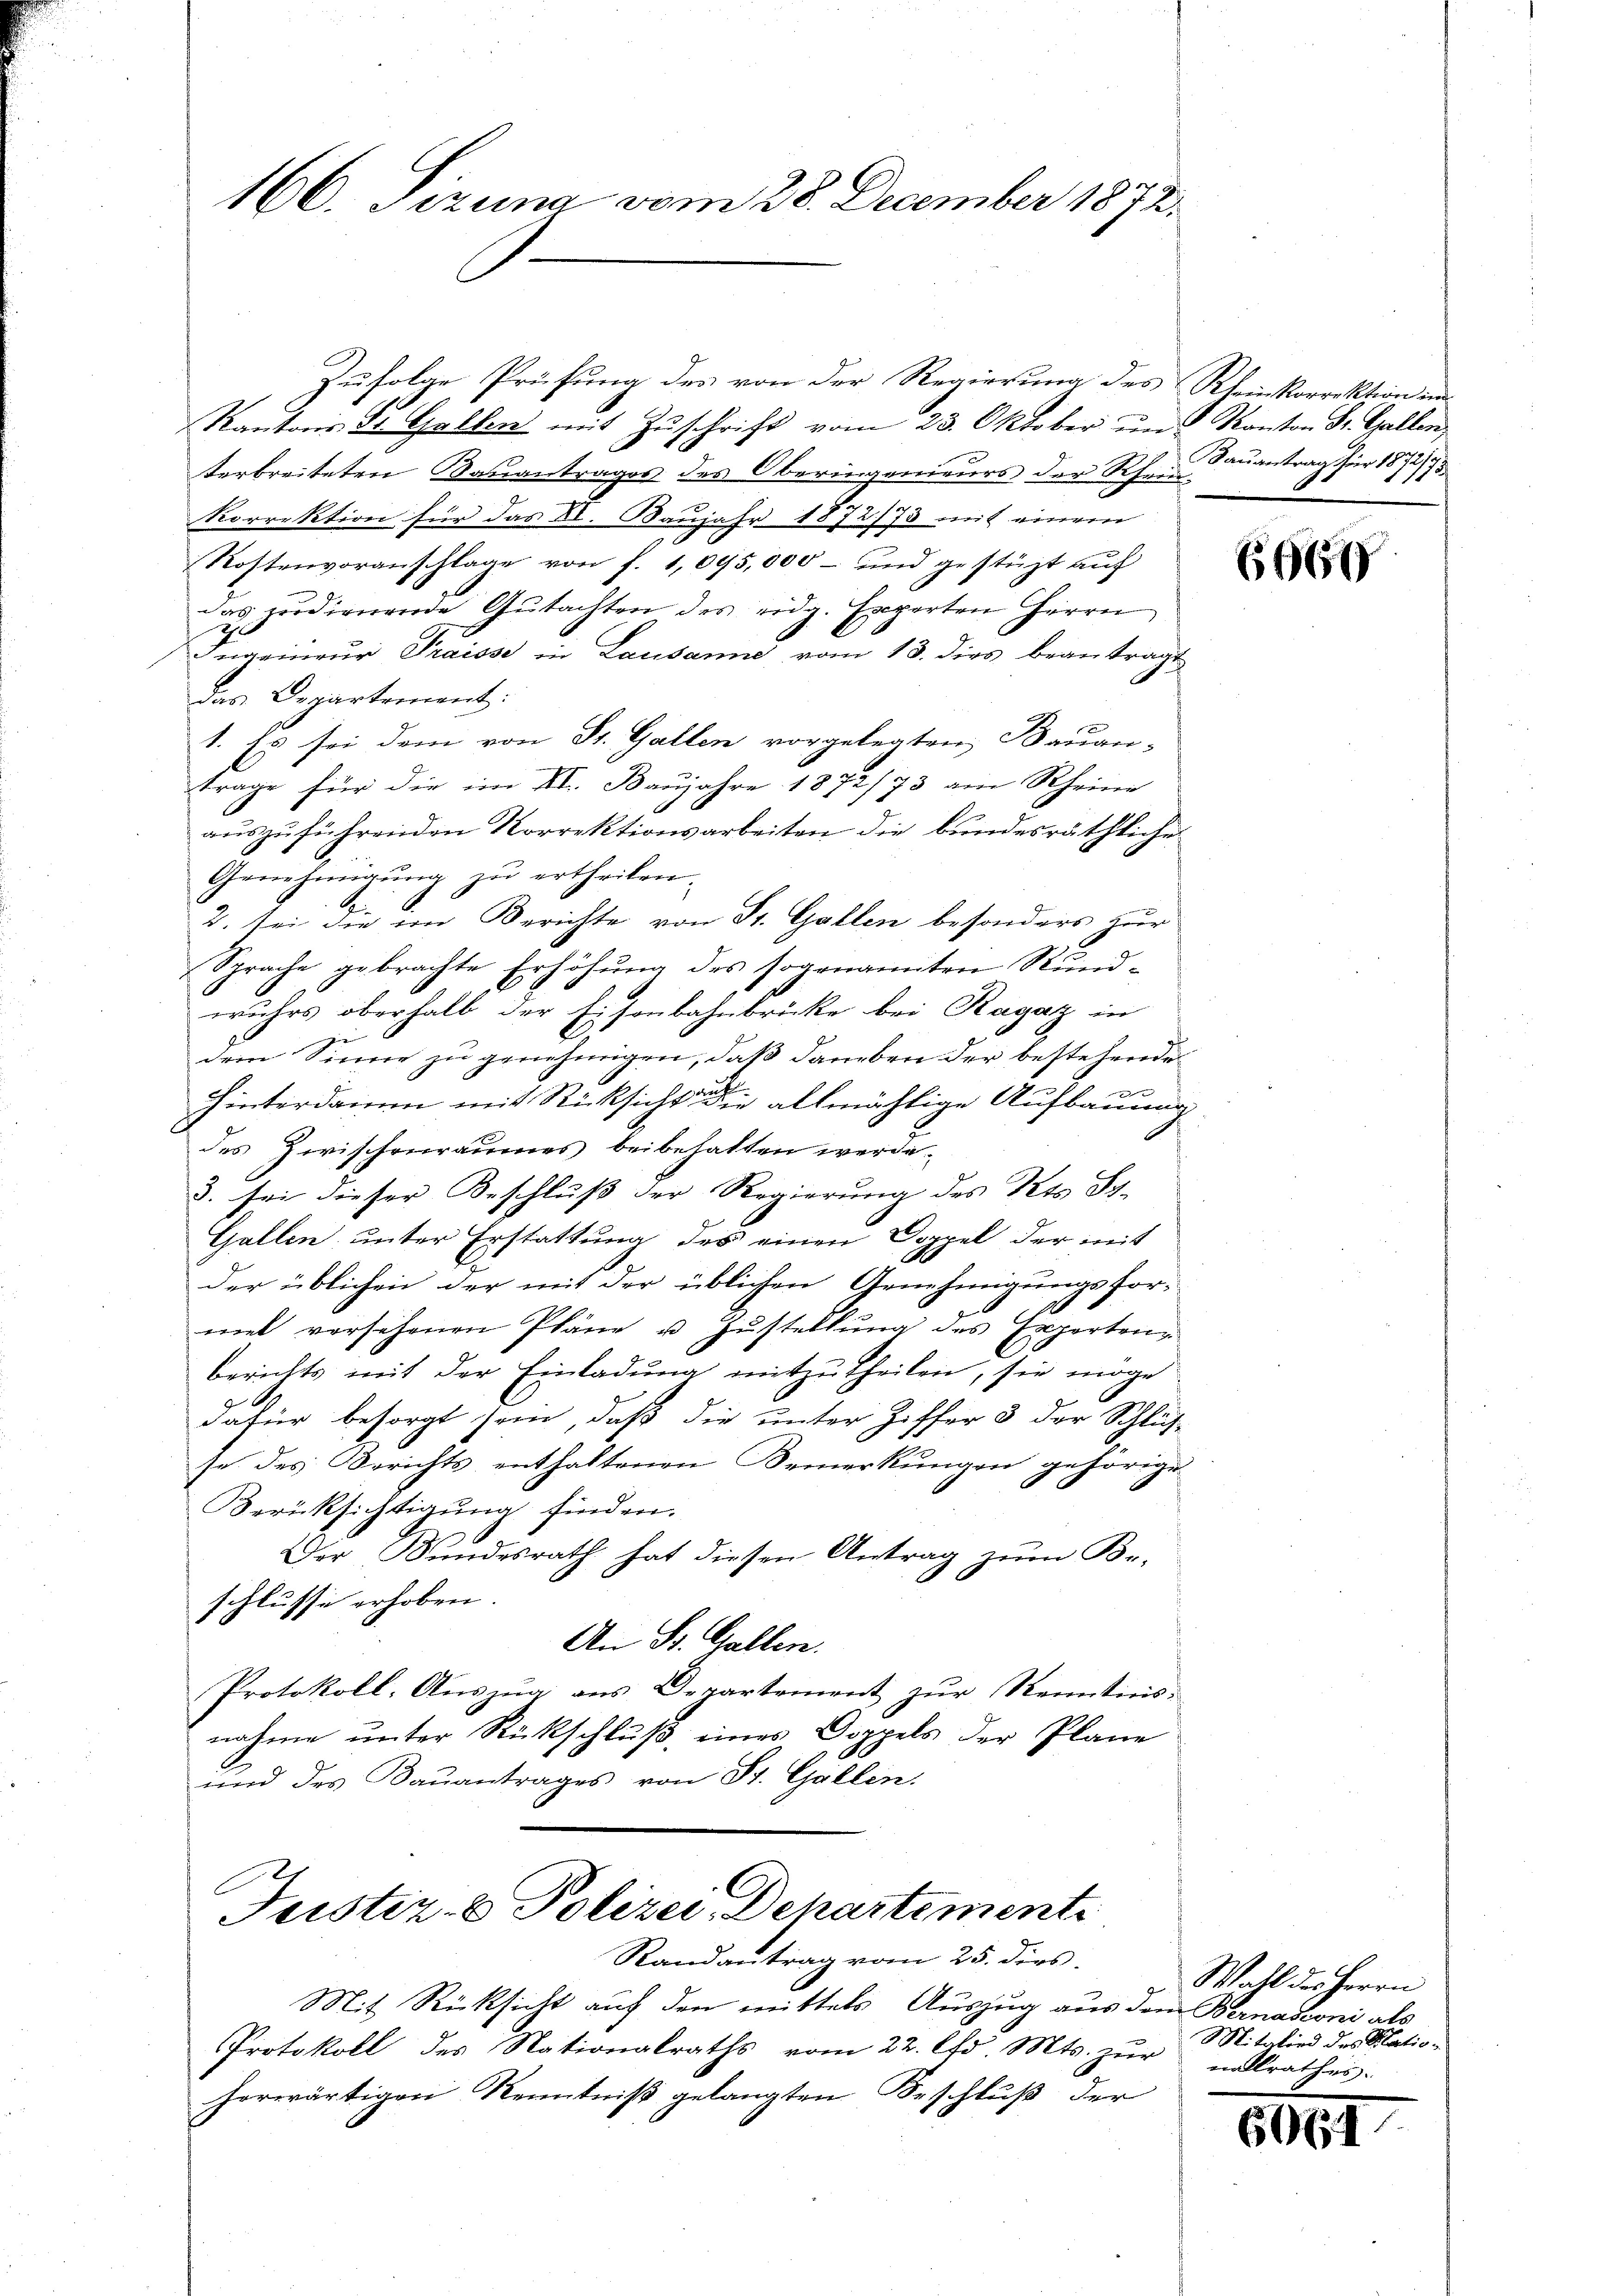
166. Pizuna vom 28. December 1872.

Zufolge Prüfung des von der Regierung des Rheinkorrektion im
Kantons d. Gallen mit Zŭschrift vom 23. Oktober ŭm Kanton St. Gallen,
terbreiteten Bauantrages des Oberingenieurs der Rh. Bauantrag für 1872),
Korrektion für das VI. Baujahr 1872/73 mit einem
Rostenvoranschlage von f. 1,095,000 - und gestüzt aŭf
das prodienende Gutachten des eidg. Experten Herrn
0
Ingenieur Praisse in Lausanne vom 13. dies beantragt
Das Departement:
1. Es sei dem von St. Gallen vorgelegten, Bauan-
trage für die im VI. Baujahre 1872/73 am Rheine
auszuführenden Korrektionsarbeiten die bundesräthliche
Genehmigung zu ertheilen.
2. sei die von Berichte von St. Gallen besonders zur
Sprache gebrachte Erhöhung des sogenannten Rundwuhrs oberhalb der Eisenbahnbrücke bei Ragaz in

dem Sinne zu genehmigen, daß daneben der bestehende
e
Hinterdamm mit Rücksicht allmächtige Aufbauung
des Zwischenraumes beibehalten werde.
3. sei dieser Beschluß der Regierung des Kts. St.
Gallen unter Erstattung des einen Doppel der mit
der üblichen der mit der üblichen Genehmigungsformel vorsehenen Pläne u. Zustellung des Experteng
berichts mit der Einladung mitzutheilen, sie möge
dafür besorgt sein, daß die unter Ziffer 3 der Schlüs
se des Berichts enthaltenen Bemerkungen gehörige
Berücksichtigung finden.
Der Bundesrath hat diesen Antrag zum Be-
schlusse erhoben.
An St. Gallen.
Protokoll-Auszug aus Departement zur Kenntinis-
nahme unter Rückschluß, eines Doppels der Plane
und des Baŭantrages von St. Gallen.

Justiz- & Polizei-Departement
Randantrag vom 25. dies

Mit Rücksicht auf den mittels Auszug aus dem Bernasconi als
Protokoll des Nationalraths vom 22. d. Mts. zur Mitglied des Natioherwärtigen Kenntniß gelangten Beschluß der

6660

Wahl des Herrn
nalrathes.

6061